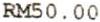
RM50.00